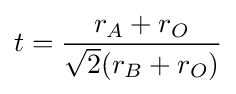
t={r_{A}+r_{O} \over {\sqrt {2}}(r_{B}+r_{O})}